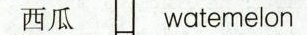
西瓜 watemelon